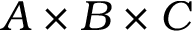
A \times B \times C